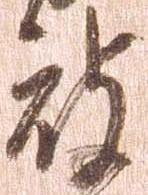
被